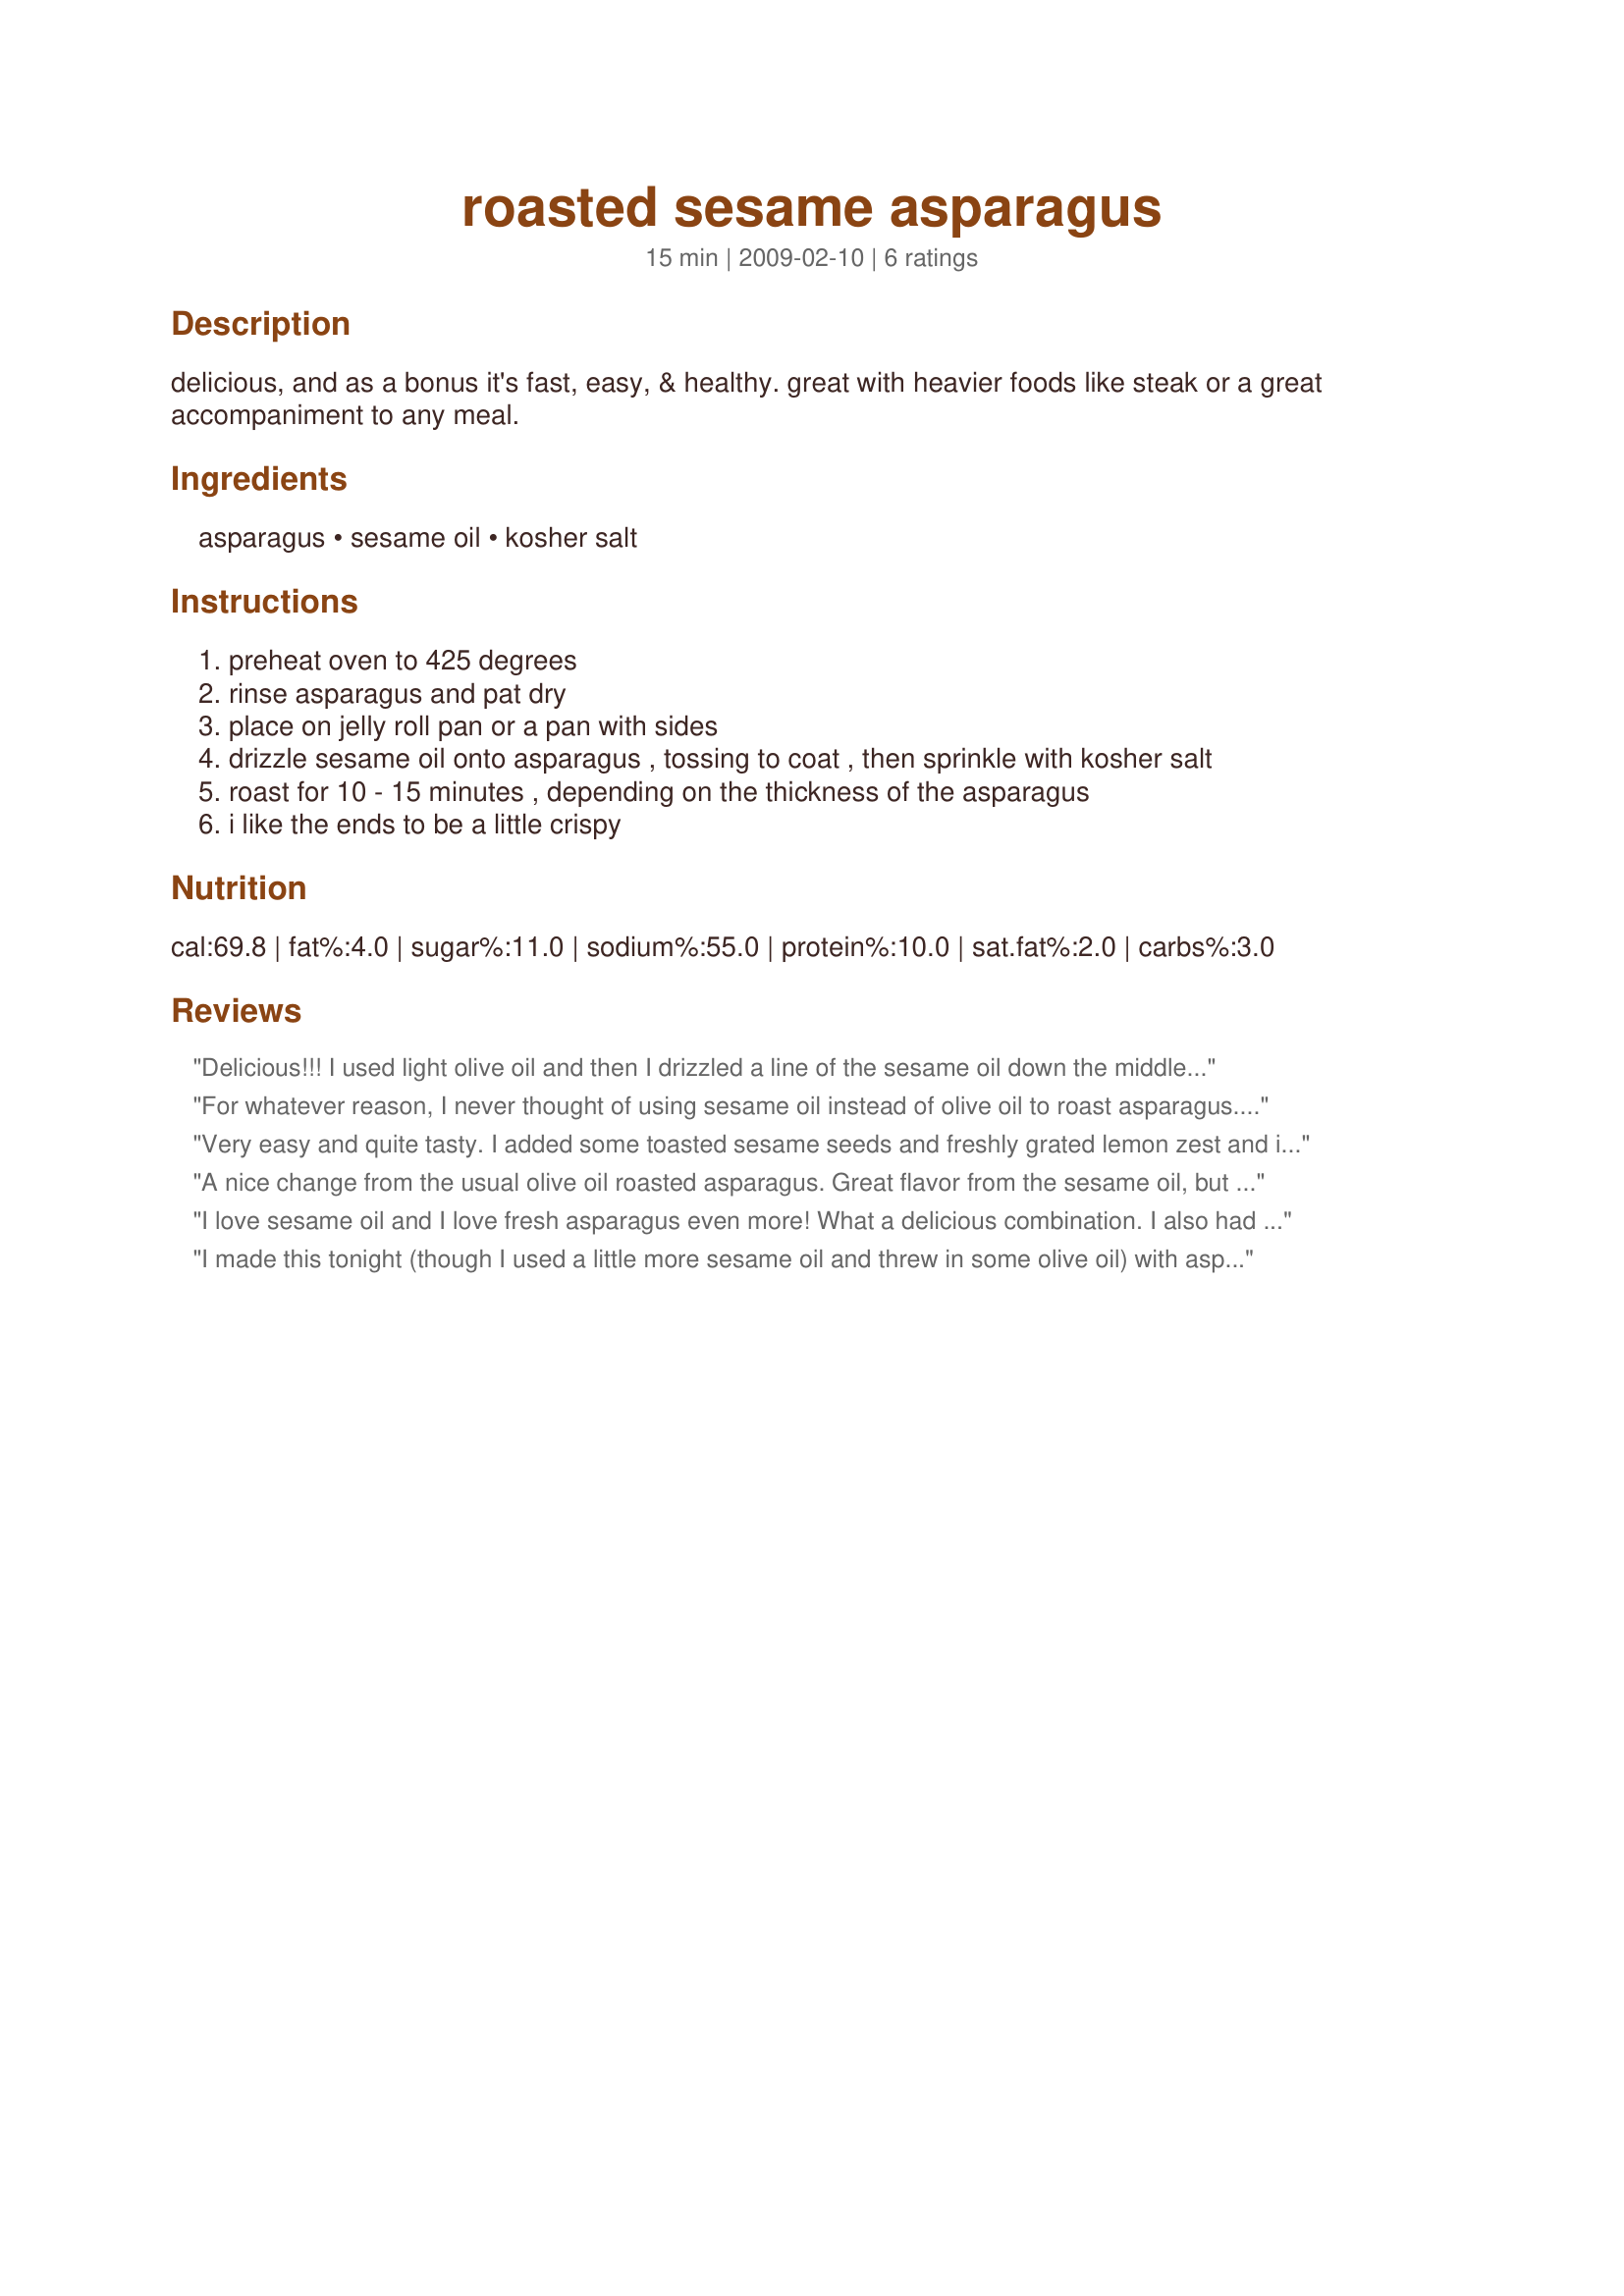
roasted sesame asparagus
Preparation time: 15 minutes

delicious, and as a bonus it's fast, easy, & healthy. great with heavier foods like steak or a great accompaniment to any meal.

Ingredients:
asparagus, sesame oil, kosher salt

Steps:
preheat oven to 425 degrees
rinse asparagus and pat dry
place on jelly roll pan or a pan with sides
drizzle sesame oil onto asparagus , tossing to coat , then sprinkle with kosher salt
roast for 10 - 15 minutes , depending on the thickness of the asparagus
i like the ends to be a little crispy

Reviews:
Delicious!!! I used light olive oil and then I drizzled a line of the sesame oil down the middle of the asparagus and mixed it all together so the sesame oil wouldn't overpower. I sprinkled with a few dark and light sesame seeds. Loved this, will definitely make again!!!
For whatever reason, I never thought of using sesame oil instead of olive oil to roast asparagus. I was making Asian for dinner and wanted a simple veggie on the side and found this. I love the taste of toasted sesame and I love roasted asparagus, so this was perfect. Thanks!
Very easy and quite tasty. I added some toasted sesame seeds and freshly grated lemon zest and it was delicious. I like that it's so easy to prep and cook time is fast as well. Adjust the cooking time to the size of your asparagus spears. I had small diameter spears and cooked for about 5 mins. then shut the oven off and took them out after another 5 minutes. Fast and delicious!
A nice change from the usual olive oil roasted asparagus. Great flavor from the sesame oil, but subtle enough to let the asparagus flavor come through. Made for Spring 2012 Pick a Chef game.
I love sesame oil and I love fresh asparagus even more! What a delicious combination. I also had a small summer squash lying around which I sliced and added towards the end of cooking. Perfect!! I suppose many veggies would work just as well and grilling them is even more flavorful. YUM!!
I made this tonight (though I used a little more sesame oil and threw in some olive oil) with asparagus that was probably at the end of its life and they still came up super yummy! Thanks for the recipe!
